Annual report on the Civil Veterinary Department, Burma (including the Insein Veterinary School) - 1923-1931
Year: 1923
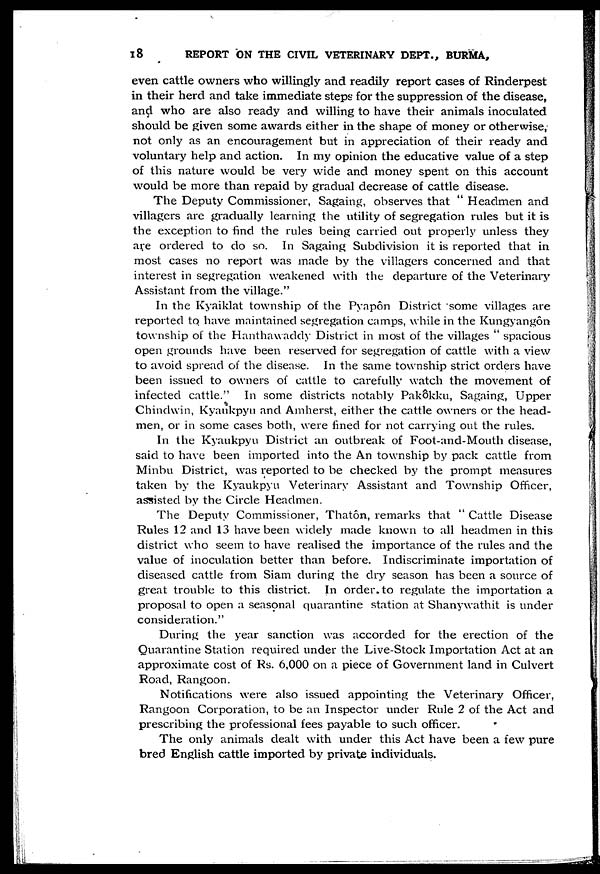
18
REPORT ON THE CIVIL VETERINARY DEPT., BURMA,
even cattle owners who willingly and readily report cases of Rinderpest
in their herd and take immediate steps for the suppression of the disease,
and who are also ready and willing to have their animals inoculated
should be given some awards either in the shape of money or otherwise,
not only as an encouragement but in appreciation of their ready and
voluntary help and action. In my opinion the educative value of a step
of this nature would be very wide and money spent on this account
would be more than repaid by gradual decrease of cattle disease.
The Deputy Commissioner, Sagaing, observes that " Headmen and
villagers are gradually learning the utility of segregation rules but it is
the exception to find the rules being carried out properly unless they
are ordered to do so. In Sagaing Subdivision it is reported that in
most cases no report was made by the villagers concerned and that
interest in segregation weakened with the departure of the Veterinary
Assistant from the village."
In the Kyaiklat township of the Pyapôn District some villages are
reported to have maintained segregation camps, while in the Kungyangôn
township of the Hanthawaddy District in most of the villages " spacious
open grounds have been reserved for segregation of cattle with a view
to avoid spread of the disease. In the same township strict orders have
been issued to owners of cattle to carefully watch the movement of
infected cattle." In some districts notably Pakôkku, Sagaing, Upper
Chindwin, Kyaukpyu and Amherst, either the cattle owners or the head-
men, or in some cases both, were fined for not carrying out the rules.
In the Kyaukpyu District an outbreak of Foot-and-Mouth disease,
said to have been imported into the An township by pack cattle from
Minbu District, was reported to be checked by the prompt measures
taken by the Kyaukpyu Veterinary Assistant and Township Officer,
assisted by the Circle Headmen.
The Deputy Commissioner, Thatôn, remarks that " Cattle Disease
Rules 12 and 13 have been widely made known to all headmen in this
district who seem to have realised the importance of the rules and the
value of inoculation better than before. Indiscriminate importation of
diseased cattle from Siam during the dry season has been a source of
great trouble to this district. In order, to regulate the importation a
proposal to open a seasonal quarantine station at Shanywathit is under
consideration."
During the year sanction was accorded for the erection of the
Quarantine Station required under the Live-Stock Importation Act at an
approximate cost of Rs. 6,000 on a piece of Government land in Culvert
Road, Rangoon.
Notifications were also issued appointing the Veterinary Officer,
Rangoon Corporation, to be an Inspector under Rule 2 of the Act and
prescribing the professional fees payable to such officer.
The only animals dealt with under this Act have been a few pure
bred English cattle imported by private individuals.